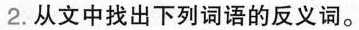
2.从文中找出下列词语的反义词。